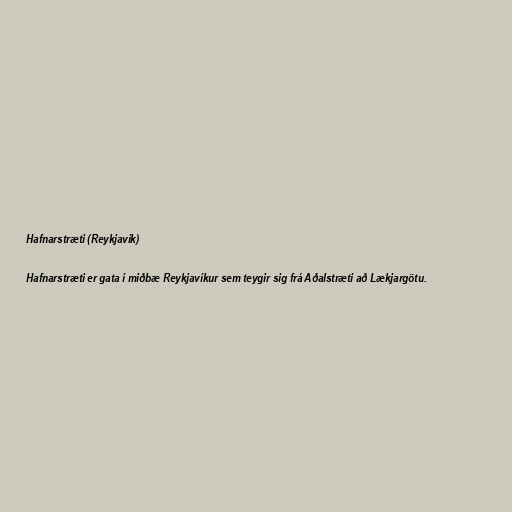
Hafnarstræti (Reykjavík)

Hafnarstræti er gata í miðbæ Reykjavíkur sem teygir sig frá Aðalstræti að Lækjargötu.